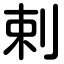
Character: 剌